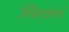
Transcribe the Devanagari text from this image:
स्लिकर्स